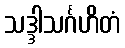
သဒ္ဒါသင်္ဂဟိတံ